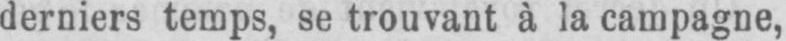
derniers temps, se trouvant à la campagne,